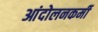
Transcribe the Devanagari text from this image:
आंदोलनकर्मी